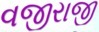
વજીરાજી